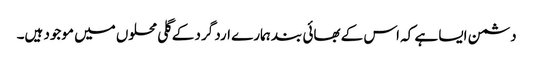
دشمن ایسا ہے کہ اس کے بھائی بند ہمارے ارد گرد کے گلی محلوں میں موجود ہیں۔